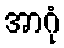
အာဂုံ